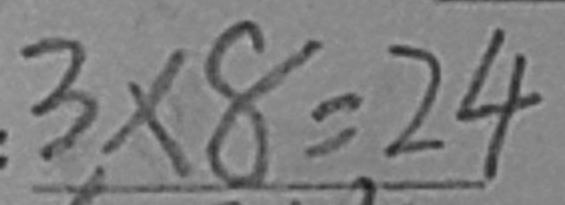
3 \times 8 = 2 4